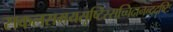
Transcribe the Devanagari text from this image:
सकलसमयसृष्टिस्सच्चिदानन्ददृष्टिः